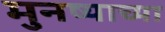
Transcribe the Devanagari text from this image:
मुनष्याच्या